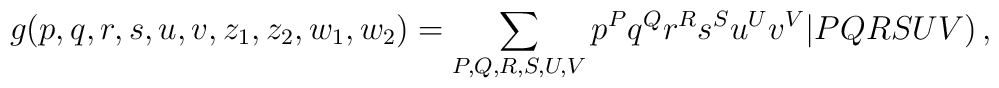
g(p,q,r,s,u,v,z_1,z_2,w_1,w_2) = \sum_{P,Q,R,S,U,V}p^Pq^Qr^Rs^Su^Uv^V\vert PQRSUV)\, ,